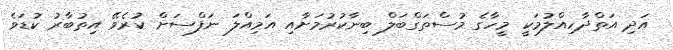
އަދި އަތްދާހިއްލުމަކީ މީހާގެ މުސްތަގްބަލް ބިނާކުރުމަށާއި އަމިއްލަ ނަފްސަށް ކުރެވޭ އިތުބާރު ކުޑަވެ